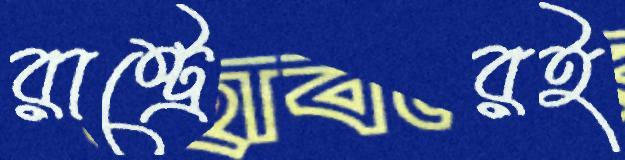
রাষ্ট্রেরই